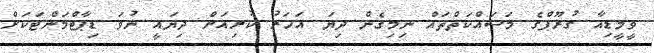
ވީމީޑިއާ ގުރޫޕްގެ މަސައްކަތްތައް ނިމިގެން ދިޔަ އަހަރު ކުރިއަށް ދިޔައީ ނުވަ ޑިޕާޓްމަންޓަކަށް